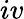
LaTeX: iv